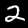
Label: 2